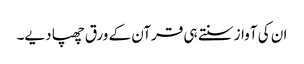
ان کی آواز سنتے ہی قرآن کے ورق چھپا دیے۔